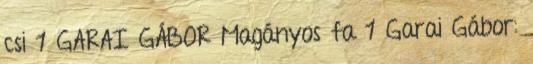
csi 1 GARAI GÁBOR Magányos fa 1 Garai Gábor: